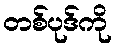
တစ်ပုဒ်ကို